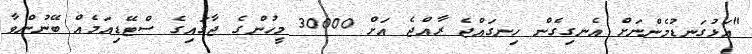
"އަޅުގަނޑުމެންނަށް އެނގިގެން ހިނގައްޖެ ރާއްޖެ އަށް 30000 މީހުންގެ ޖާގައިގެ ސްޓޭޑިއަމެއް ބޭނުންވާ